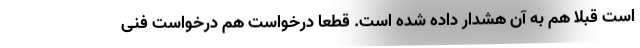
است قبلا هم به آن هشدار داده شده است. قطعاً درخواست هم درخواست فنی